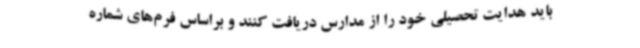
باید هدایت تحصیلی خود را از مدارس دریافت کنند و براساس فرم‌های شماره